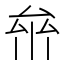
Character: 𠫸